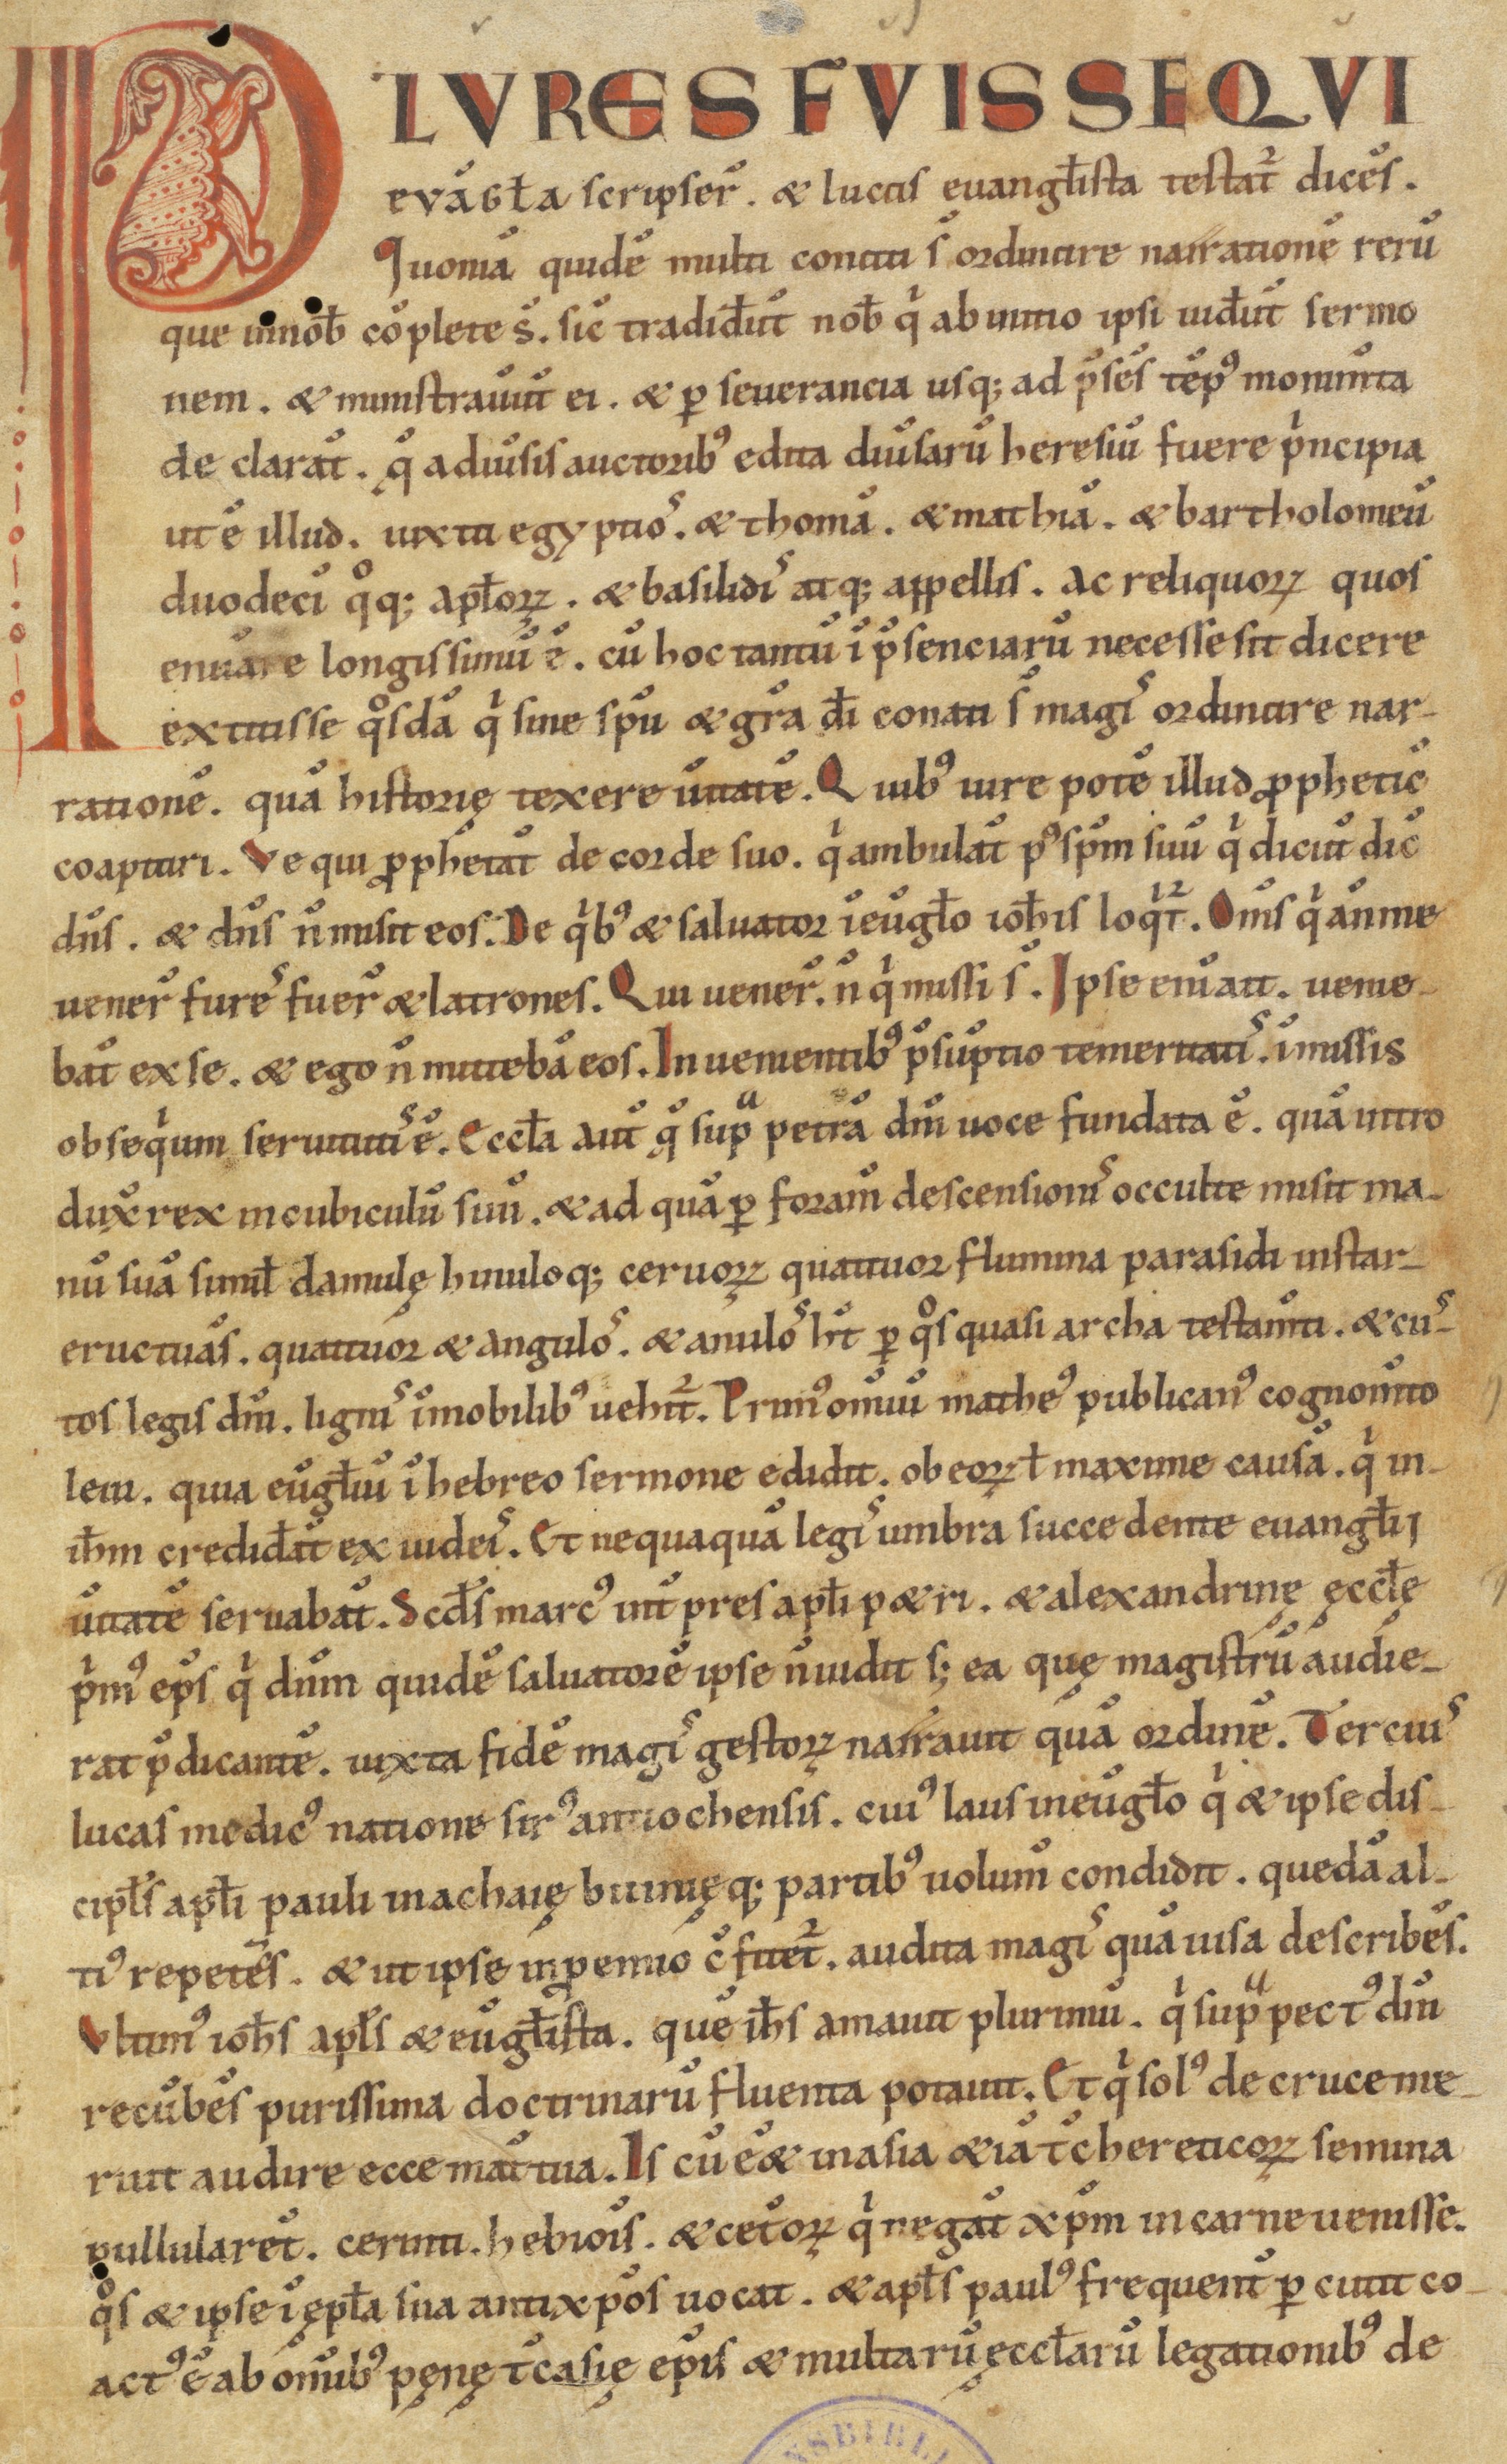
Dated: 1100–1199